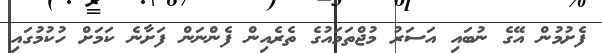
ފެށުމުން އޭގެ ނުބައި އަސަރު މުޖްތަމައުގެ ތެރެއިން ފެންނަން ފަށާނެ ކަމަށް ހުކުމުގައި